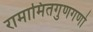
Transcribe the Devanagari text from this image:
रामामितगुणगणो